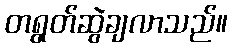
တရွတ်ဆွဲချလာသည်။